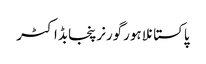
پاکستانلاہورگورنرپنجابڈاکٹر